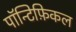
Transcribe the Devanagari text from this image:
पॉन्टिफ़िकल